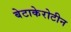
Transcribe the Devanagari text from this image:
बेटाकेरोटीन